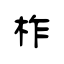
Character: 柞